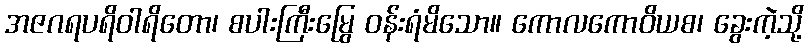
အဇဂရပရိဝါရိတော၊ စပါးကြီးမြွေ ဝန်းရံမိသော။ ကောလကောဝိယစ၊ ခွေးကဲ့သို့